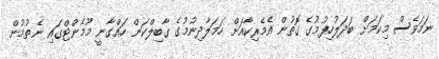
ނަމަވެސް މިކަމަށް ބަދަލުހިފުމުގެ ގޮތުން އެމެރިކާއަށް ހަމަލާދިނުމުގެ ގާބިލްކަން ހައްގާނީ މޫމެންޓްގައި ނެތުމުން